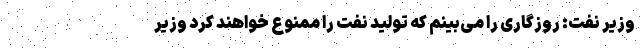
وزیر نفت: روزگاری را می‌بینم که تولید نفت را ممنوع خواهند کرد وزیر